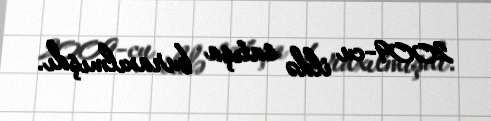
2009-cu ildə satışa buraxılmışdı.